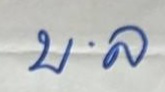
บ . ล